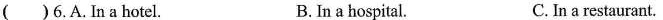
()6.A.In a hotel. B. In a hospital. C. In a restaurant.